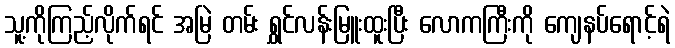
သူ့ကိုကြည့်လိုက်ရင် အမြဲ တမ်း ရွှင်လန်းမြူးထူးပြီး လောကကြီးကို ကျေနပ်ရောင့်ရဲ